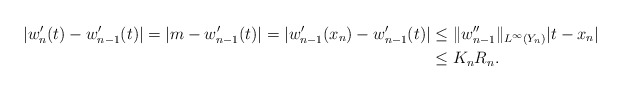
\begin{align*}|w'_n (t) - w_{n-1}'(t)| = |m - w'_{n-1}(t)| = |w'_{n-1}(x_n) - w'_{n-1}(t)| & \leq \|w_{n-1}''\|_{L^{\infty}(Y_n)}|t - x_n| \\& \leq K_n R_n. \end{align*}